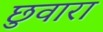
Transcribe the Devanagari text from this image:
छुवारा